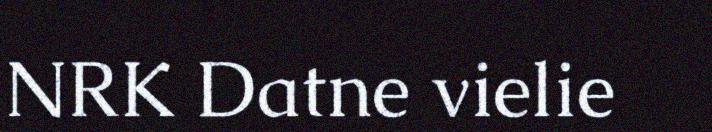
NRK Datne vielie